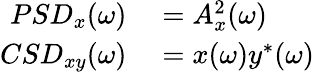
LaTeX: \begin{array}{rl}{PSD_{x}(\omega)}&{{}=A_{x}^{2}(\omega)}\\ {CSD_{xy}(\omega)}&{{}=x(\omega)y^{*}(\omega)}\end{array}